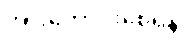
အားကောင်းစေရန်